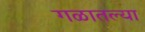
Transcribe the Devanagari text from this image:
गळातल्या